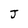
Character: J